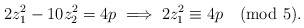
\begin{align*} 2z_{1}^{2} - 10 z_{2}^{2} = 4p \implies 2z_{1}^{2} \equiv 4p \pmod 5.\end{align*}